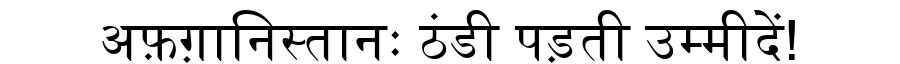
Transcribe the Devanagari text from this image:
अफ़ग़ानिस्तानः ठंडी पड़ती उम्मीदें!